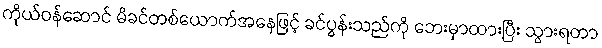
ကိုယ်ဝန်ဆောင် မိခင်တစ်ယောက်အနေဖြင့် ခင်ပွန်းသည်ကို ဘေးမှာထားပြီး သွားရတာ